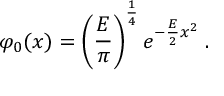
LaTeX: \varphi _ { 0 } ( x ) = \left( \frac { E } { \pi } \right) ^ { \frac { 1 } { 4 } } e ^ { - \frac { E } { 2 } x ^ { 2 } } \; .